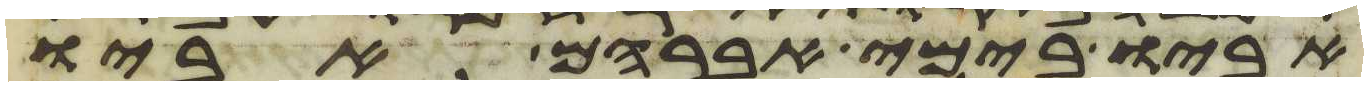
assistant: אביו בימי אברהם אביו